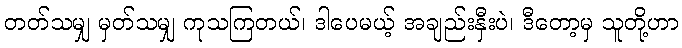
တတ်သမျှ မှတ်သမျှ ကုသကြတယ်၊ ဒါပေမယ့် အချည်းနှီးပဲ၊ ဒီတော့မှ သူတို့ဟာ